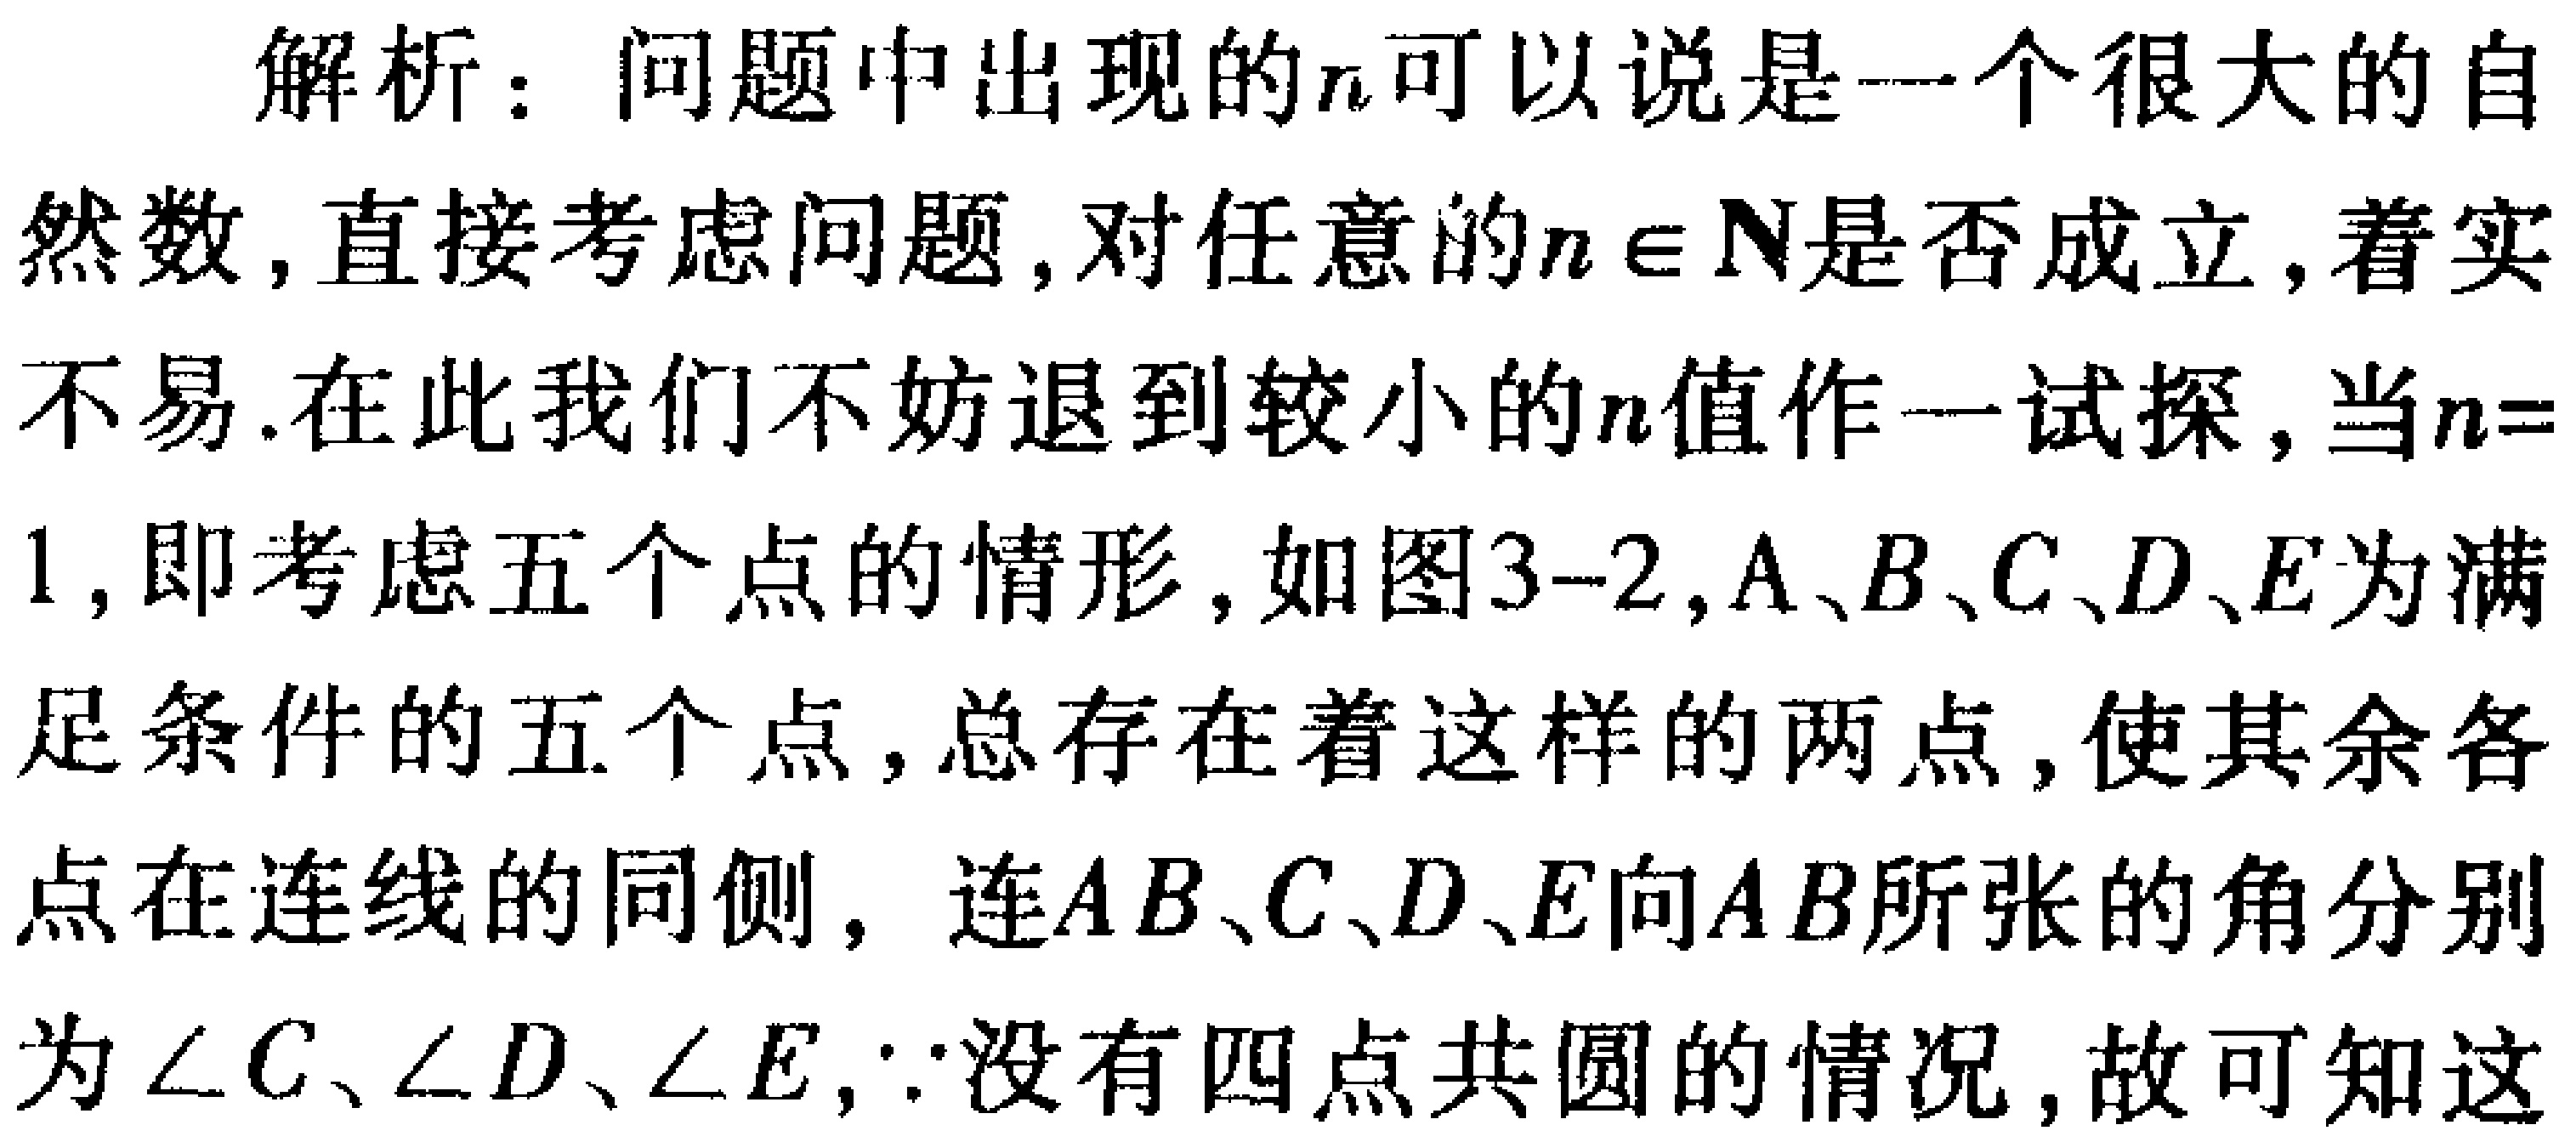
解析：问题中出现的\(n\)可以说是一个很大的自然数,直接考虑问题,对任意的\(n \in \mathbf{N}\)是否成立,着实不易.在此我们不妨退到较小的\(n\)值作一试探,当\(n = 1\),即考虑五个点的情形,如图3-2,\(A、B、C、D、E\)为满足条件的五个点,总存在着这样的两点,使其余各点在连线的同侧，连\(AB\)、\(C、D、E\)向\(AB\)所张的角分别为\(\angle C、\angle D、\angle E\),\(\because\)没有四点共圆的情况,故可知这